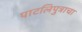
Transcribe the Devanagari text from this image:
पाटलिपुत्राचा